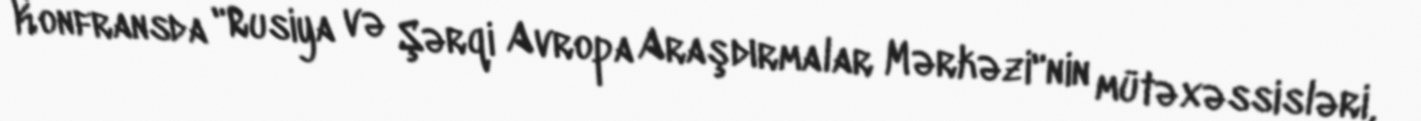
Konfransda "Rusiya və Şərqi Avropa Araşdırmalar Mərkəzi"nin mütəxəssisləri,